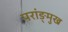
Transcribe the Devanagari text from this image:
परांङ्‌मुख